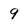
Character: 9